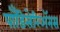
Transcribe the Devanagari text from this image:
पाँडिसेरिॲनस